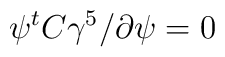
\psi^t C\gamma ^5 \slash{\partial} \psi =0